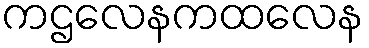
ကဌလေနကထလေန